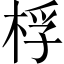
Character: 桴